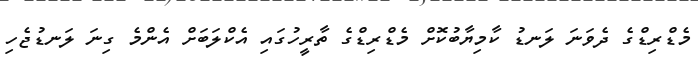
މެޑްރިޑްގެ ދެވަނަ ލަނޑު ކާމިޔާބުކޮށް މެޑްރިޑްގެ ތާރީހުގައި އެކްލަބަށް އެންމެ ގިނަ ލަނޑުޖެހި